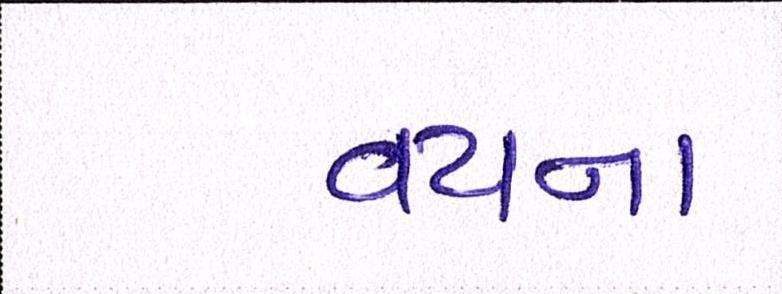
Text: વયના